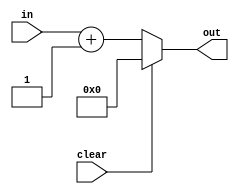
module incby1(in,out,clear);

input clear; //reset signal 
input[31:0] in; //pc input 
output[31:0] out; //incremented by 1
reg[31:0] out;
	
always @(in or clear)
	begin
		if(clear==1)
			begin
				out<=0;
			end
		else
			begin
				out<= in + 1;
			end
	end

endmodule